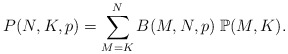
\begin{align*}P(N,K,p)=\sum_{M=K}^{N}B(M,N,p)\;\mathbb{P}(M,K).\end{align*}